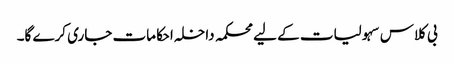
بی کلاس سہولیات کے لیے محکمہ داخلہ احکامات جاری کرے گا۔